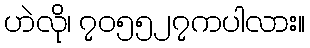
ဟဲလို၊ ၇၀၅၅၂၇ကပါလား။